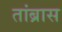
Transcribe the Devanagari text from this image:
तांब्रास